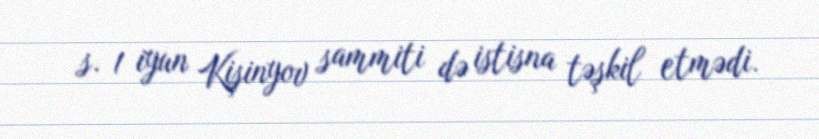
s. 1 iyun Kişinyov sammiti də istisna təşkil etmədi.